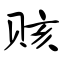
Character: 赅